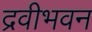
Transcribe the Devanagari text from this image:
द्रवीभवन